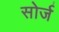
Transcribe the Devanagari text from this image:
सोर्ज